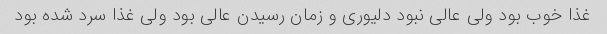
غذا خوب بود ولی عالی نبود دلیوری و زمان رسیدن عالی بود ولی غذا سرد شده بود